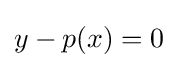
y-p(x)=0